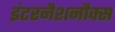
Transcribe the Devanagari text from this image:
इंटरनैशनौक्स